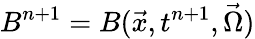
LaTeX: B^{n+1}=B(\vec{x},t^{n+1},\vec{\Omega})